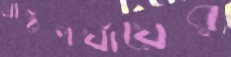
মাঠপর্যায়ের